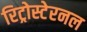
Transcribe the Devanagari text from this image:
रिट्रोस्टेरनल